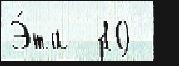
Э́та  10